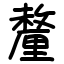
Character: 釐